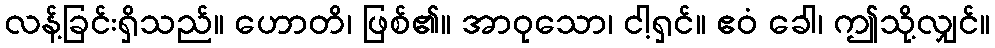
လန့်ခြင်းရှိသည်။ ဟောတိ၊ ဖြစ်၏။ အာဝုသော၊ ငါ့ရှင်။ ဧဝံ ခေါ၊ ဤသို့လျှင်။